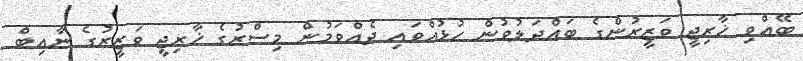
ބޭއްވި ޚާރިޖީ ވަޒީރުންގެ ބައްދަލުވުން ހުޅުއްވައި ދެއްވަމުން މިސްރުގެ ޚާރިޖީ ވަޒީރުގެ ނާއިބް